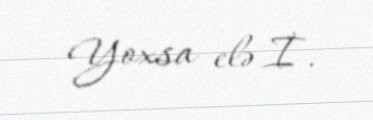
Yoxsa elə İ.